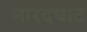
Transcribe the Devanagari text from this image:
नारदघाट